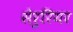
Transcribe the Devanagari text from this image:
सेरुरियर